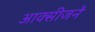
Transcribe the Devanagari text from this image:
आक्सीजनें